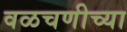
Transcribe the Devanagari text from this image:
वळचणीच्या